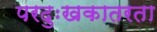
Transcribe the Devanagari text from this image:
परदुःखकातरता